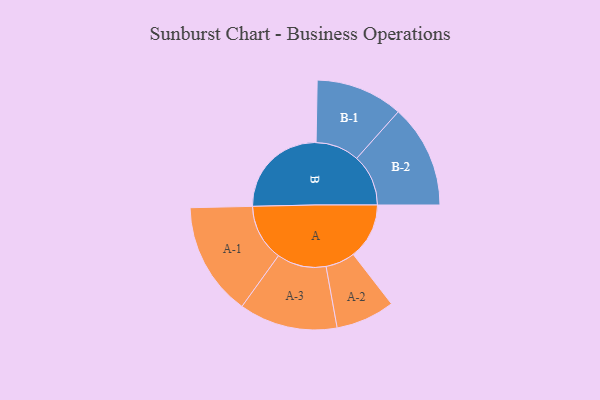
{"axis": {"x": "Segment", "y": "Value"}, "legend": ["", "A", "B"], "data": [{"x": "A", "y": 209, "type": ""}, {"x": "B", "y": 369, "type": ""}, {"x": "A-1", "y": 212, "type": "A"}, {"x": "A-2", "y": 110, "type": "A"}, {"x": "A-3", "y": 184, "type": "A"}, {"x": "B-1", "y": 163, "type": "B"}, {"x": "B-2", "y": 193, "type": "B"}]}